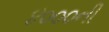
૪૦૦૦ની